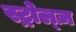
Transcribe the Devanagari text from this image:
स्ट्रोल्ज़